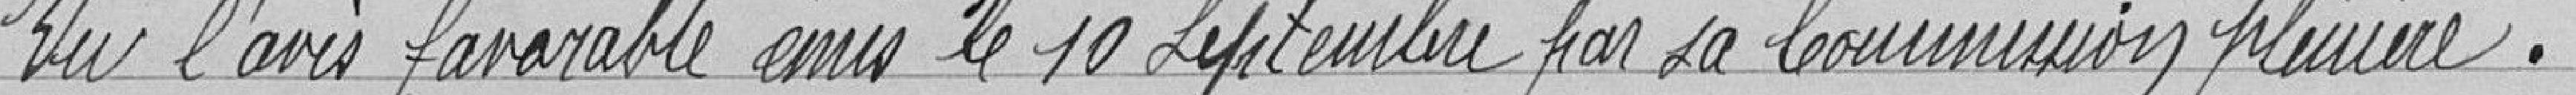
Vu l'avis favorable émis le 10 septembre par la Commission plénière.